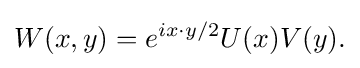
{W(x,y)=e^{ix\cdot y/2}U(x)V(y).}